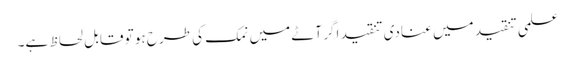
علمی تنقید میں عنادی تنقید اگر آٹے میں نمک کی طرح ہو تو قابل لحاظ ہے۔